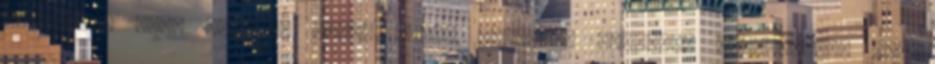
valójában volt Ezúttal pedig ismét kívánok, kívánunk mindenkinek egy